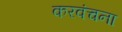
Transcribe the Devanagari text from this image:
करवंचना